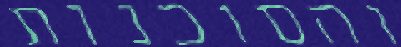
והסוכנות